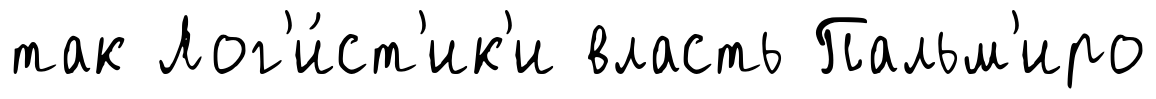
так Лог'и́ст'ик'и власть Пальм'иро